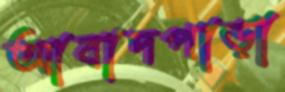
আবাদপাড়া